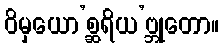
ဝိမှယော’စ္ဆရိယ’ဗ္ဘုတော။